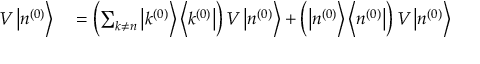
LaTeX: \begin{array} { r l } { V \left| n ^ { ( 0 ) } \right\rangle } & { { } = \left( \sum _ { k \neq n } \left| k ^ { ( 0 ) } \right\rangle \left\langle k ^ { ( 0 ) } \right| \right) V \left| n ^ { ( 0 ) } \right\rangle + \left( \left| n ^ { ( 0 ) } \right\rangle \left\langle n ^ { ( 0 ) } \right| \right) V \left| n ^ { ( 0 ) } \right\rangle } \end{array}